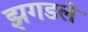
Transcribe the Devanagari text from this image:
झगडले